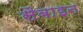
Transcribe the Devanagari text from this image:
सैबाइन